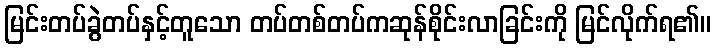
မြင်းတပ်ခွဲတပ်နှင့်တူသော တပ်တစ်တပ်ကဆုန်စိုင်းလာခြင်းကို မြင်လိုက်ရ၏။